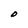
Character: O